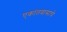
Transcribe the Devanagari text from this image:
एकांतवासाचे